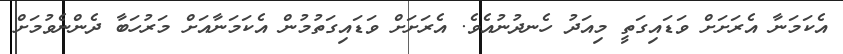
އެކަމަނާ އެރަށަށް ވަޑައިގަތީ މިއަދު ހެނދުނުއެވެ. އެރަށަށް ވަޑައިގަތުމުން އެކަމަނާއަށް މަރުހަބާ ދެންނެވުމަށް